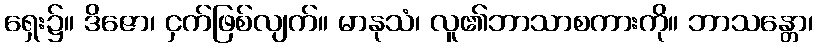
ရှေး၌။ ဒိဇော၊ ငှက်ဖြစ်လျက်။ မာနုသံ၊ လူ၏ဘာသာစကားကို။ ဘာသန္တော၊